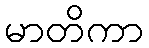
မာတိကာ